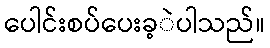
ပေါင်းစပ်ပေးခ့ဲပါသည်။